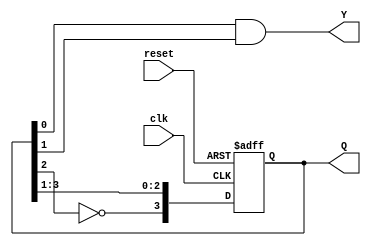
module johnson_counter (
    input wire clk,       // Clock signal
    input wire reset,     // Asynchronous reset
    output reg [3:0] Q,   // 4-bit output representing the state
    output reg Y          // Output based on the current state
);
    parameter N = 4; // Number of flip-flops (can be modified)
    
    // Sequential logic for state transition
    always @(posedge clk or posedge reset) begin
        if (reset) begin
            Q <= 4'b0000; // Initialize to 0 on reset
        end else begin
            // Johnson Counter State Transition
            Q[3] <= ~Q[2]; // Invert the second-to-last flip-flop
            Q[2:0] <= Q[3:1]; // Shift the other bits right
        end
    end

    // Output logic (Moore output)
    always @(*) begin
        // Example output logic: Y is a direct reflection of Q
        Y = Q[0] & Q[1]; // Change this logic as needed for different output
    end
endmodule